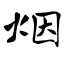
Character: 烟